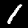
Digit: 1